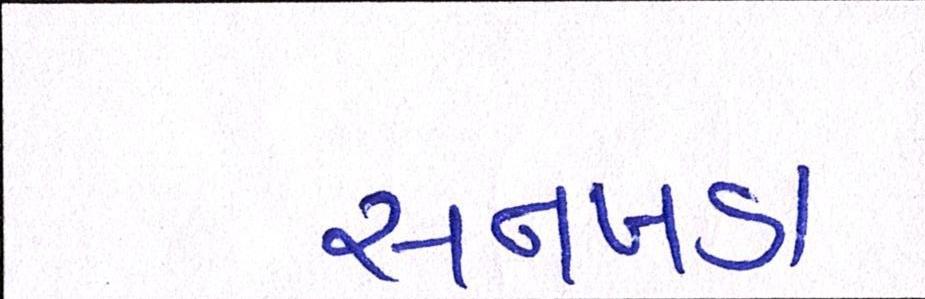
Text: સનખડા